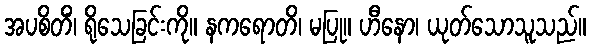
အပစိတိံ၊ ရိုသေခြင်းကို။ နကရောတိ၊ မပြု။ ဟီနော၊ ယုတ်သောသူသည်။